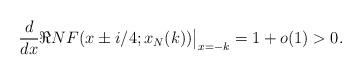
LaTeX: \begin{align*} \frac{d}{dx} \Re NF(x \pm i/4; x_N(k)) \big\rvert_{x = -k} =1+o(1)> 0. \end{align*}